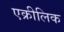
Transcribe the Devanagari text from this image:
एक्रीलिक